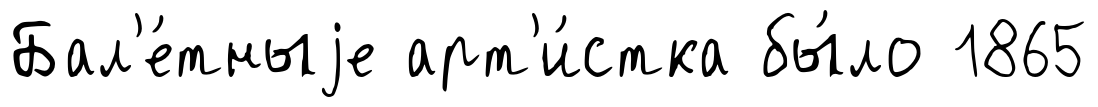
Бал'е́тныjе арт'и́стка бы́ло 1865